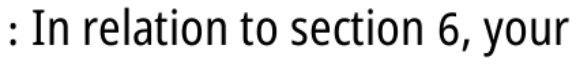
: In relation to section 6, your